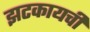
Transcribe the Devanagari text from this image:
झटकायची